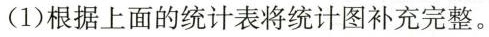
(1)根据上面的统计表将统计图补充完整。